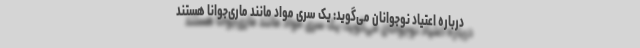
درباره اعتیاد نوجوانان می‌گوید: یک سری مواد مانند ماری‌جوانا هستند